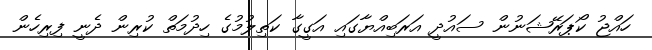
ހައްޖު ކޯޕަރޭޝަނުން ސައުދީ އަރަބިއްޔާގައި އަގީގާ ކަތިލުމުގެ ހިދުމަތް ކުރިން ދެނީ ފިރިހެން